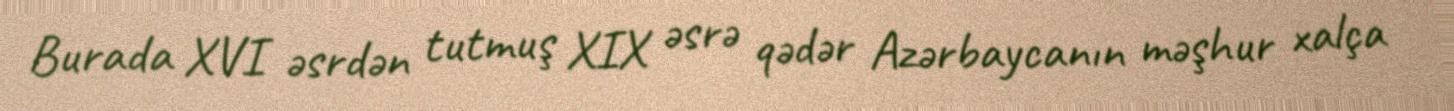
Burada XVI əsrdən tutmuş XIX əsrə qədər Azərbaycanın məşhur xalça